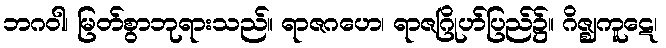
ဘဂဝါ၊ မြတ်စွာဘုရားသည်။ ရာဇဂဟေ၊ ရာဇဂြိုဟ်ပြည်၌။ ဂိဇ္ဈကူဋေ၊